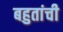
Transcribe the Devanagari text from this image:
बहुतांची